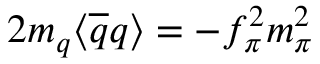
2 m _ { q } \langle \overline { { { q } } } q \rangle = - f _ { \pi } ^ { 2 } m _ { \pi } ^ { 2 }